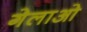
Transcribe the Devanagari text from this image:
गेलाओ